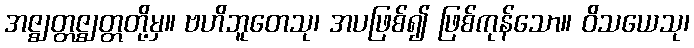
အဇ္ဈတ္တဇ္ဈတ္တတို့မှ။ ဗဟိဘူတေသု၊ အပဖြစ်၍ ဖြစ်ကုန်သော။ ဝိသယေသု၊